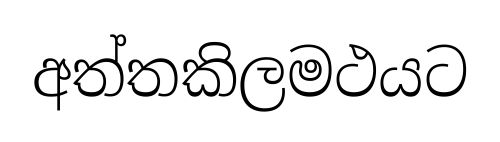
අත්තකිලමථයට